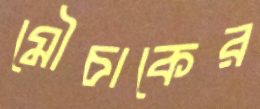
মৌচাকের